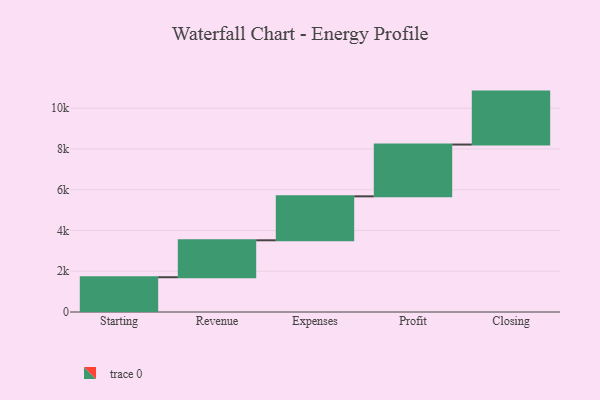
{"axis": {"x": "Step", "y": "Value"}, "legend": [""], "data": [{"x": "Starting", "y": 1706.0, "type": ""}, {"x": "Revenue", "y": 1812.0, "type": ""}, {"x": "Expenses", "y": 2157.0, "type": ""}, {"x": "Profit", "y": 2540.0, "type": ""}, {"x": "Closing", "y": 2598.0, "type": ""}]}